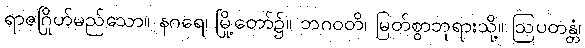
ရာဇဂြိုဟ်မည်သော။ နဂရေ၊ မြို့တော်၌။ ဘဂဝတိ၊ မြတ်စွာဘုရားသို့။ ဩပတန္တံ၊